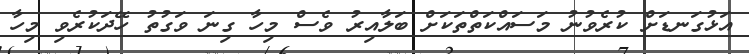
އަޅުގަނޑަށް ކުރެވުނު މަސައްކަތްތަކަށް ބަލާއިރު ވެސް މިހާ ގިނަ ވަގުތު ހޭދަކުރެވި މިހާ